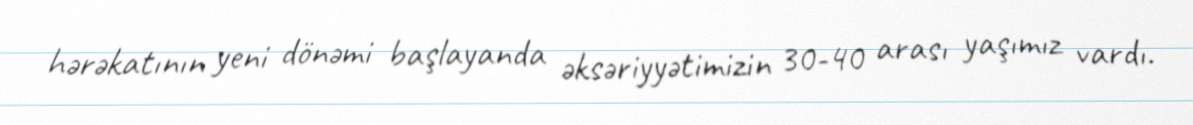
hərəkatının yeni dönəmi başlayanda əksəriyyətimizin 30-40 arası yaşımız vardı.